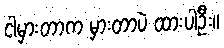
ငါမှားတာက မှားတာပဲ ထားပါဦး။